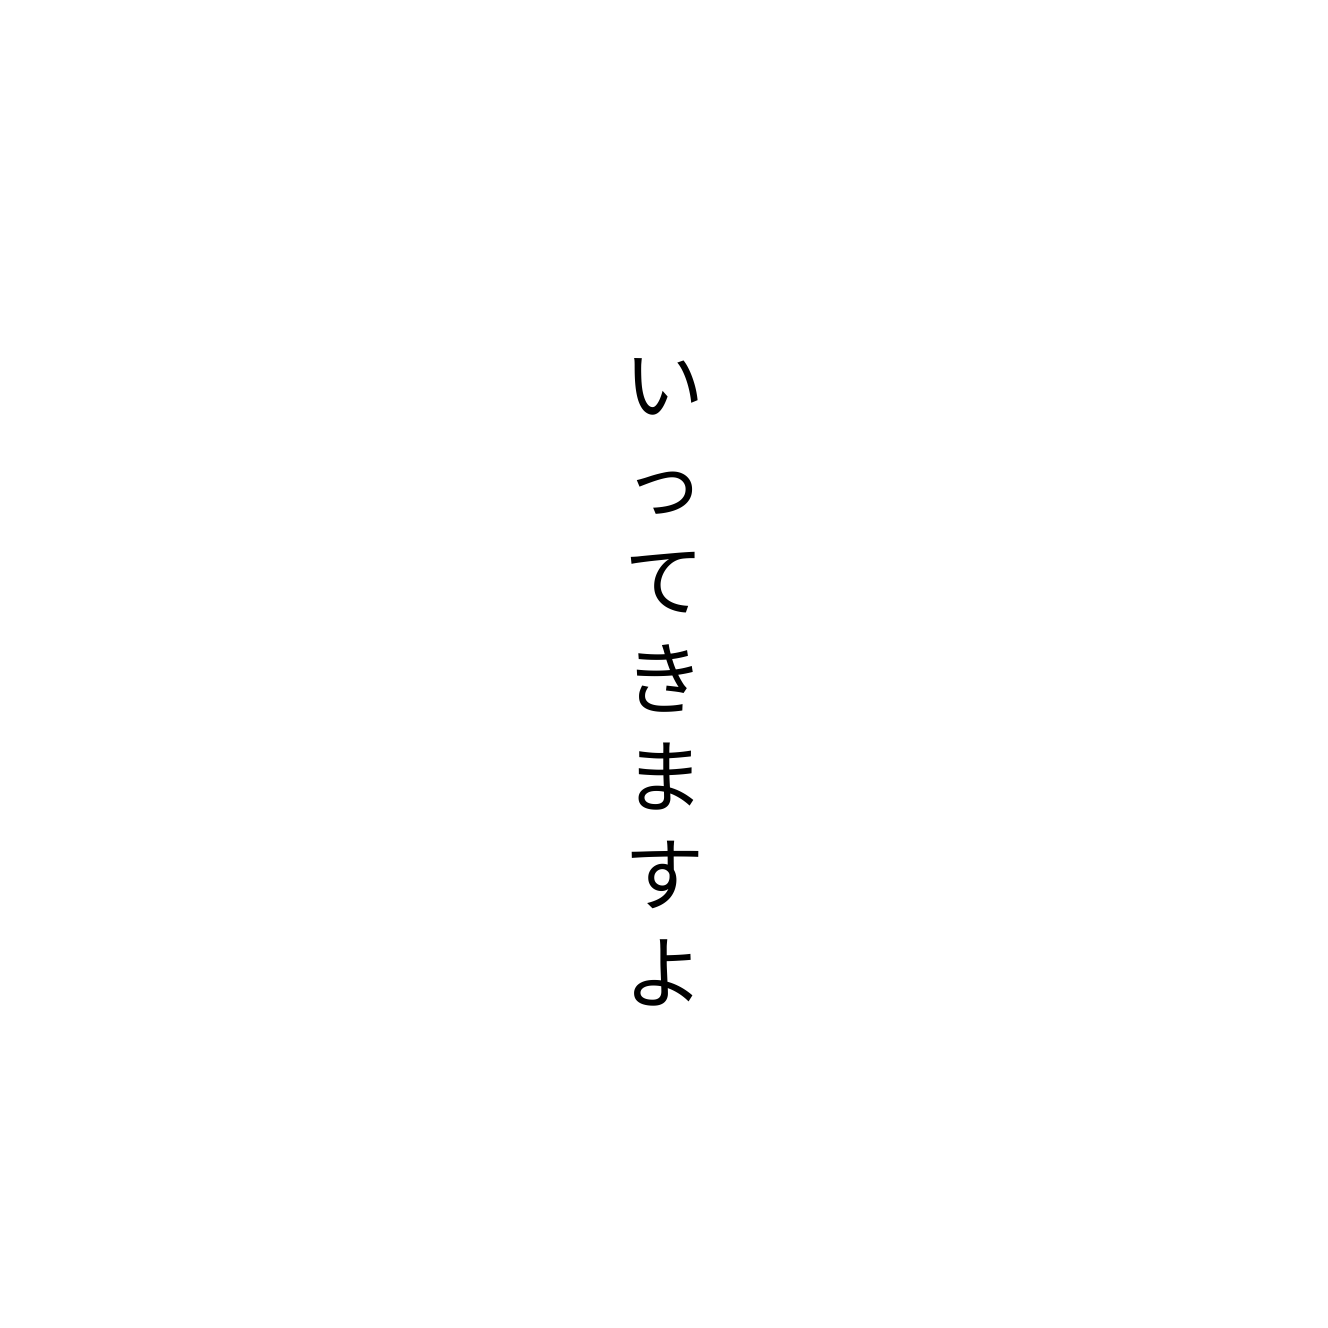
いってきますよ